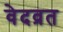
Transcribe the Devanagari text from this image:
वेदव्रत